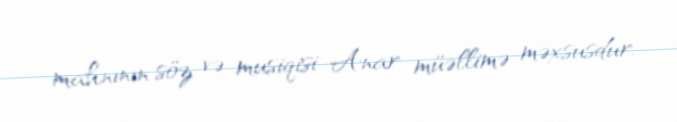
mahnının söz və musiqisi Anar müəllimə məxsusdur.